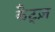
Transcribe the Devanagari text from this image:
कैट्ज़